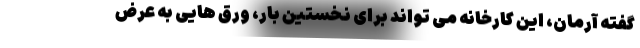
گفته آرمان، این کارخانه می تواند برای نخستین بار، ورق هایی به عرض